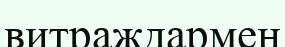
витраждармен